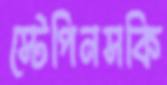
স্টেপিনসকি